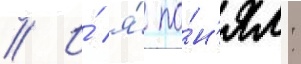
// И́ я́ по́н'ял: